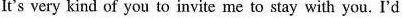
It's very kind of you to invite me to stay with you. I'd